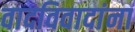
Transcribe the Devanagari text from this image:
वादविवादांना